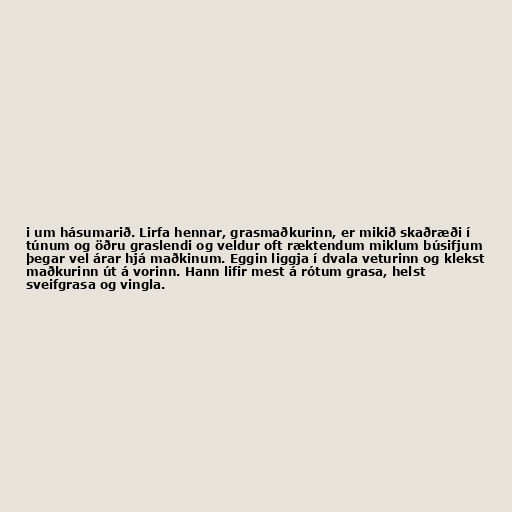
i um hásumarið. Lirfa hennar, grasmaðkurinn, er mikið skaðræði í
túnum og öðru graslendi og veldur oft ræktendum miklum búsifjum
þegar vel árar hjá maðkinum. Eggin liggja í dvala veturinn og klekst
maðkurinn út á vorinn. Hann lifir mest á rótum grasa, helst
sveifgrasa og vingla.